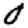
Digit: 0